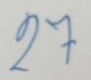
27